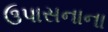
ઉપાસનાના